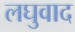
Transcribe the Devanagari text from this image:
लघुवाद